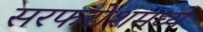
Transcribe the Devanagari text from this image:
सरफरोशमध्ये